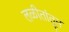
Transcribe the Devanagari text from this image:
लळीतांतून